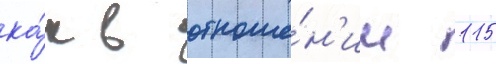
ка́к в отноше́н'ии 115